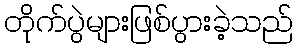
တိုက်ပွဲများဖြစ်ပွားခဲ့သည်